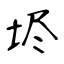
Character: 𡋤